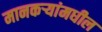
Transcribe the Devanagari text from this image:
मानकर्‍यांमधील